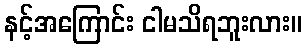
နင့်အကြောင်း ငါမသိရဘူးလား။